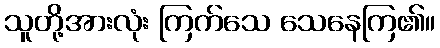
သူတို့အားလုံး ကြက်သေ သေနေကြ၏။